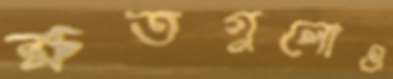
ক্ষতগুলোও